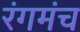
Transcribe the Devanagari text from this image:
रंगमंंच